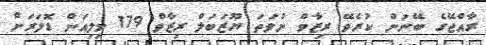
ރާއްޖޭގެ ބޭނުން ކުރެވޭ ރިޒާވް ނުވަތަ ޔޫޒަބަލް ރިޒާވް 179 މިލިއަން ޑޮލަރަށް